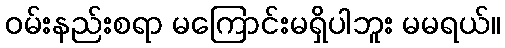
ဝမ်းနည်းစရာ မကြောင်းမရှိပါဘူး မမရယ်။